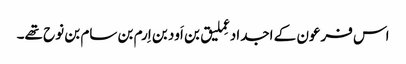
اس فرعون کے اجداد عِملیق بن اَود بن اِرم بن سام بن نوح تھے۔